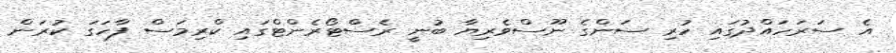
އެ ސަރަހައްދުގައި ހުރި ސަންގެ ނޫސްވެރިޔާ ބުނީ ރެސްޓޯރެންޓްގައި ކްރިމަސް ފާހަގަ ކުރަން